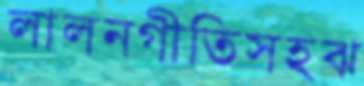
লালনগীতিসহঝ